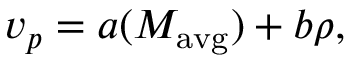
v _ { p } = a ( M _ { \mathrm { a v g } } ) + b \rho ,